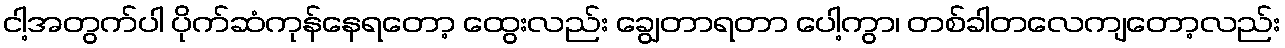
ငါ့အတွက်ပါ ပိုက်ဆံကုန်နေရတော့ ထွေးလည်း ချွေတာရတာ ပေါ့ကွာ၊ တစ်ခါတလေကျတော့လည်း